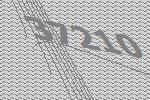
37210